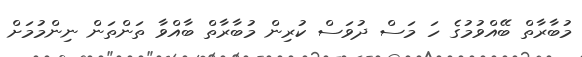
މުބާރާތް ބޭއްވުމުގެ ހަ މަސް ދުވަސް ކުރިން މުބާރާތް ބާއްވާ ތަންތަން ނިންމުމަށް